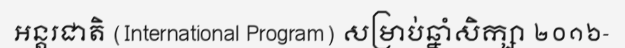
អន្តរជាតិ (International Program) សម្រាប់ឆ្នាំសិក្សា ២០១៦-